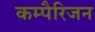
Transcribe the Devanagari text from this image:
कम्पैरिजन